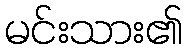
မင်းသား၏